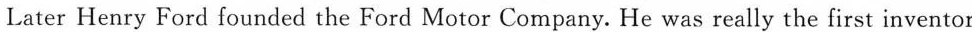
Later Henry Ford founded the Ford Motor Company. He was really the first inventor